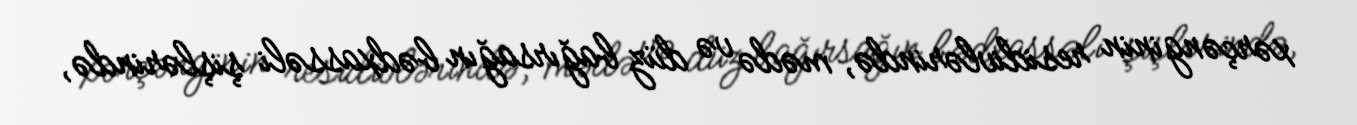
xərçənginin residivlərində, mədə və düz bağırsağın bədxassəli şişlərində,